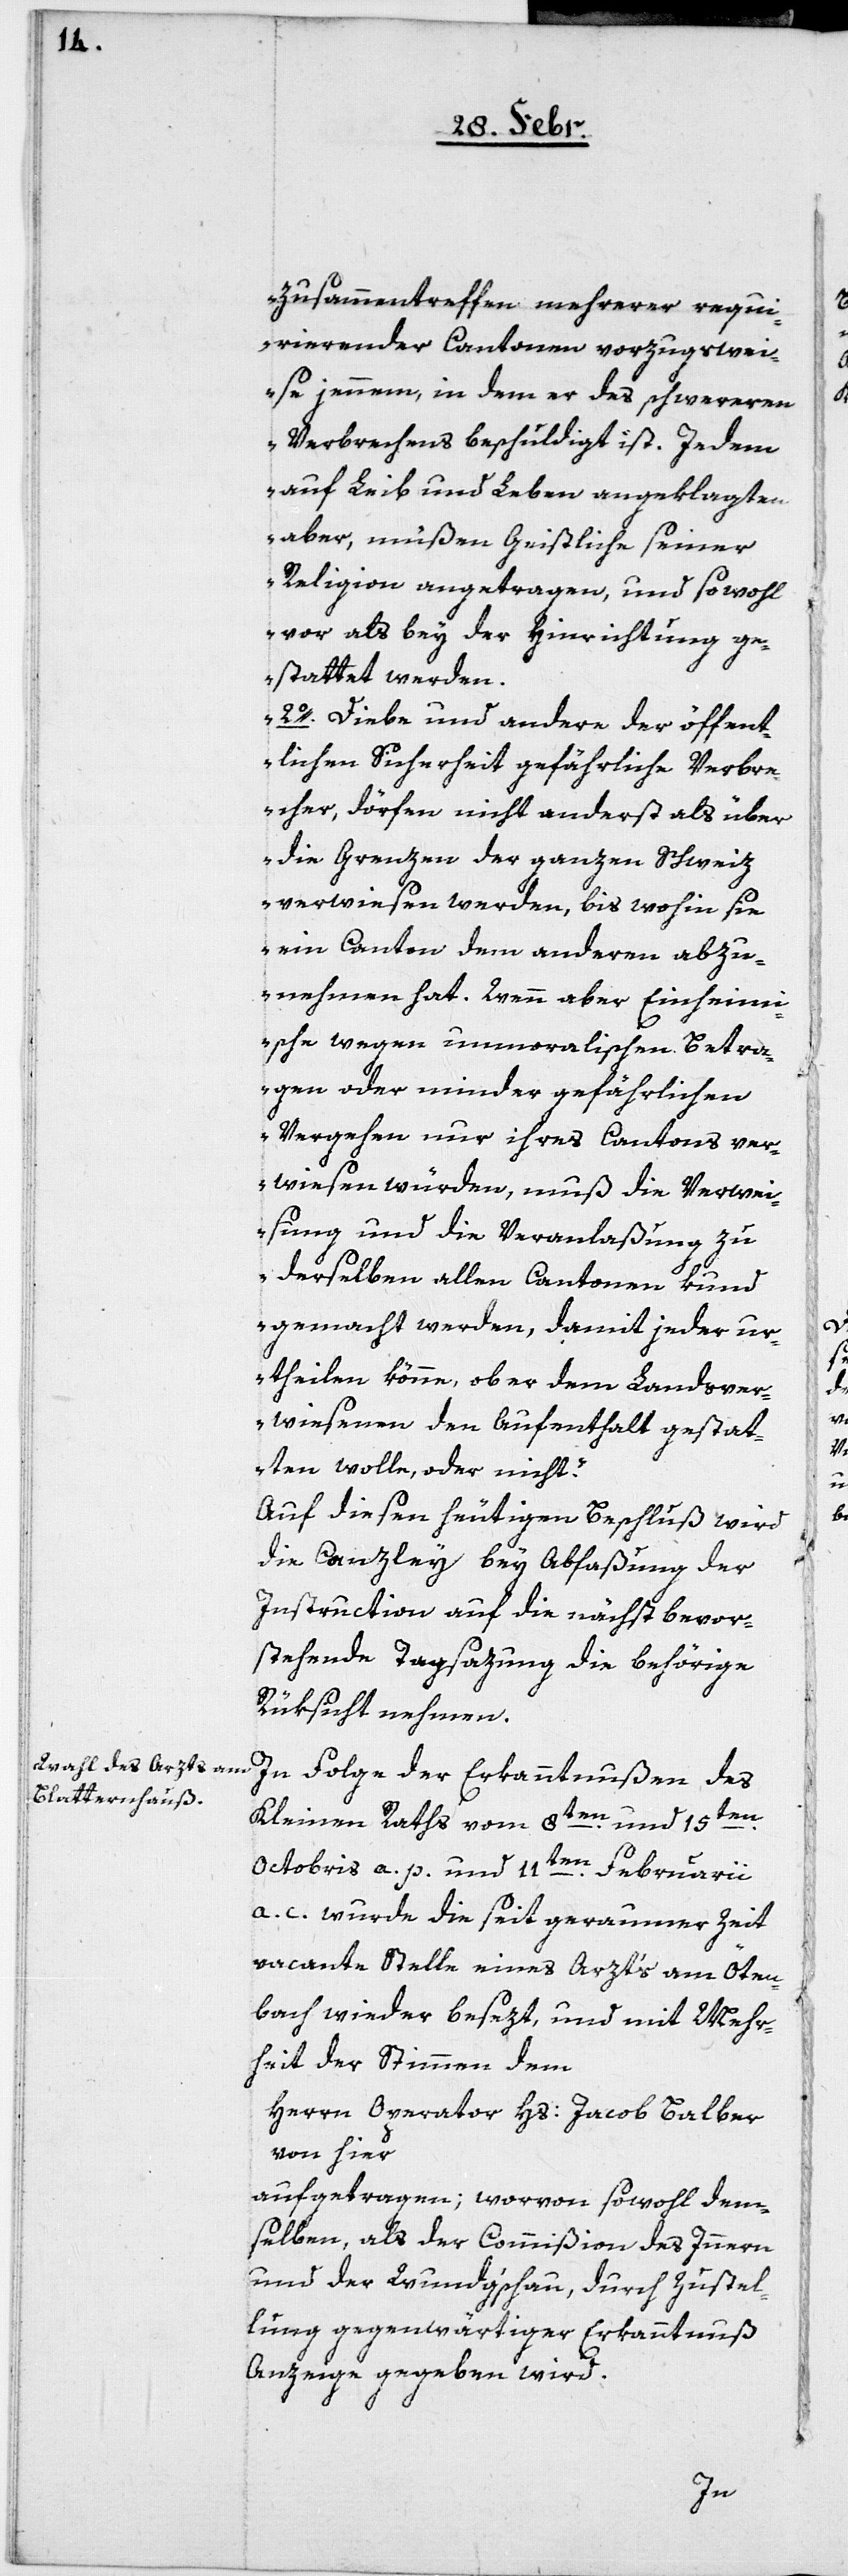
Zusammentreffen mehrerer requi¬
rierender Cantonen vorzugswei¬
se jennem, in dem er des schwereren
Verbrechens beschuldigt ist. Jedem
auf Leib und Leben angeklagten
aber, müßen Geistliche seiner
Religion angetragen, und sowohl
vor als bey der Hinrichtung ge¬
stattet werden.
2o. Diebe und andere der öffent¬
lichen Sicherheit gefährliche Verbre¬
cher, dörfen nicht anderst als über
die Grenzen der ganzen Schweiz
verwiesen werden, bis wohin sie
ein Canton dem anderen abzu¬
nehmen hat. Wenn aber Einheim¬
ische wegen unmoralischen Betra¬
gen oder minder gefährlichen
Vergehen nur ihres Cantons ver¬
wiesen würden, muß die Verwei¬
sung und die Veranlaßung zu
derselben allen Cantonen kund
gemacht werden, damit jeder ur¬
theilen könne, ob er dem Landesver¬
wiesenen den Aufenthalt gestat¬
ten wolle oder nicht.“
Auf diesen heutigen Beschluß wird
die Canzlei bei Abfaßung der
Instruction auf die nächst bevor¬
stehende Tagsazung die behörige
Rüksicht nehmen.
In Folge der Erkanntnußen des
Kleinen Raths vom 8ten und 15ten
Octobris a. p. und 11ten Februarii
a. c. wurde die seit geraumer Zeit
vacante Stelle eines Arzt’s am Öten¬
bach wieder besezt, und mit Mehr¬
heit der Stimmen dem
Herrn Operator Hs. Jacob Balber
von hier
aufgetragen; worvon sowohl dem¬
selben, als der Commißion des Innern
und der Wundg’schau, durch Zustel¬
lung gegenwärtiger Erkanntnuß
Anzeige gegeben wird.